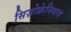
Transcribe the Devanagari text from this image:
सिज़ोफ्रेनियाव